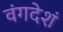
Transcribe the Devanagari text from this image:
वंगदेशं